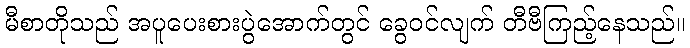
မီစာတိုသည် အပူပေးစားပွဲအောက်တွင် ခွေဝင်လျက် တီဗီကြည့်နေသည်။